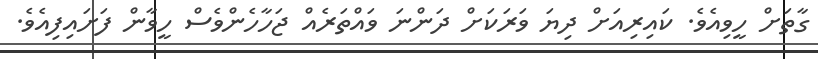
ގާތަށް ހީވިއެވެ. ކައިރިއަށް ދިޔަ ވަރަކަށް ދަންނަ ވައްތަރެއް ޖަހާހެންވެސް ހީވާން ފަށައިފިއެވެ.